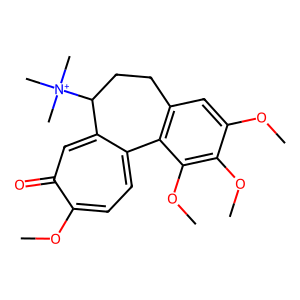
SMILES: COc1cc2c(c(OC)c1OC)-c1ccc(OC)c(=O)cc1C([N+](C)(C)C)CC2
Inhibits HIV replication: No